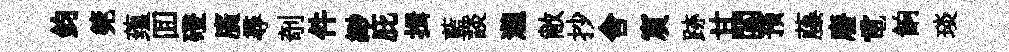
鈞筦蕴囬磴廣尋剞件緲庇揖藍談瀧敝抄舎賔跡甘関预藤廢電餉琰